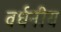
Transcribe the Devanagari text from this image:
वर्धनीय